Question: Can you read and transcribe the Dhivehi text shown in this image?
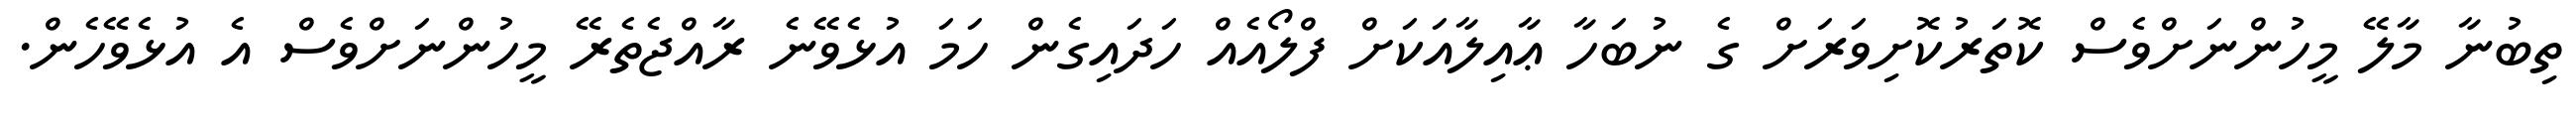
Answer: ތިބުނާ މާލޭ މީހުންނަށްވެސް ކޮތަރުކޮށިވަރަށް ގެ ނުބަހާ ޢާއިލާއަކަށް ފްލޯއެއް ހަދައިގެން ހަމަ އުޅެވޭނެ ރާއްޖެތެރޭ މީހުންނަށްވެސް އެ އުޅެވޭހެން.